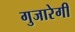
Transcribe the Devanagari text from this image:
गुजारेगी